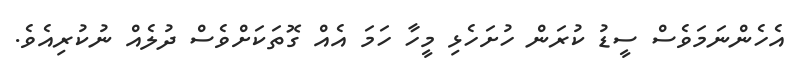
އެހެންނަމަވެސް ސީޑު ކުރަން ހުށަހެޅި މީހާ ހަމަ އެއް ގޮތަކަށްވެސް ދުލެއް ނުކުރިއެވެ.